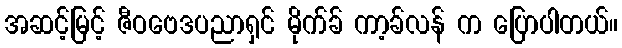
အဆင့်မြင့် ဇီဝဗေဒပညာရှင် မိုက်ခ် ကာ့ခ်လန် က ပြောပါတယ်။